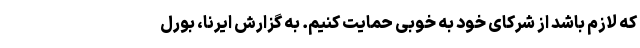
که لازم باشد از شرکای خود به خوبی حمایت کنیم. به گزارش ایرنا، بورل